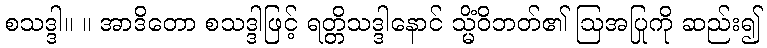
စသဒ္ဒါ။ ။ အာဒိတော စသဒ္ဒါဖြင့် ရတ္တိသဒ္ဒါနောင် သ္မိံဝိဘတ်၏ ဩအပြုကို ဆည်း၍